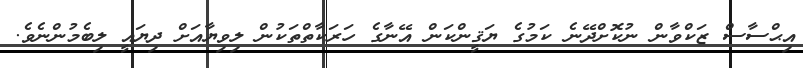
އިޙްސާސް ޒަކްވާން ނުކޮށްދޭނެ ކަމުގެ ޔަޤީންކަން އޭނާގެ ހަރަކާތްތަކުން ލިވިޔާއަށް ދިޔައީ ލިބެމުންނެވެ.